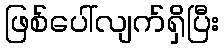
ဖြစ်ပေါ်လျက်ရှိပြီး